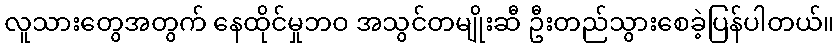
လူသားတွေအတွက် နေထိုင်မှုဘဝ အသွင်တမျိုးဆီ ဦးတည်သွားစေခဲ့ပြန်ပါတယ်။